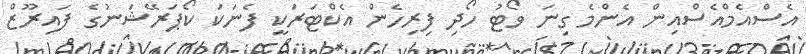
އެސްއެމްއެސްއިން އެންމެ ގިނަ ވޯޓު ހޯދި ފިރިހެން އެކްޓަރަކީ ފެނަކަ ކޯޕަރޭޝަނުގެ ފައިރޫޒް